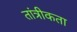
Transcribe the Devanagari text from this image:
तांत्रीकता